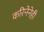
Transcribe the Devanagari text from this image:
करिनेनेही